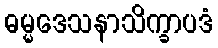
ဓမ္မဒေသနာသိက္ခာပဒံ